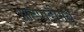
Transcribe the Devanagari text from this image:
आटपाडीमधे